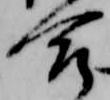
合